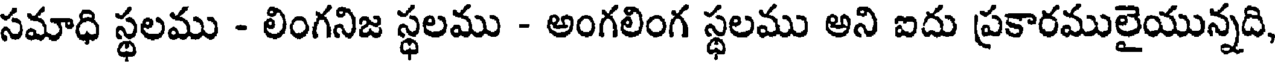
సమాధి స్థలము - లింగనిజ స్థలము - అంగలింగ స్థలము అని ఐదు ప్రకారములైయున్నది,